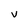
Character: V